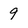
Character: 9